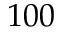
1 0 0